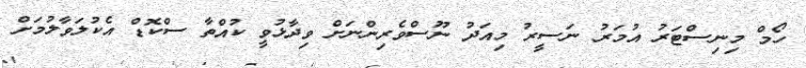
ހޯމް މިނިސްޓަރު އުމަރު ނަސީރު މިއަދު ނޫސްވެރިންނަށް ވިދާޅުވީ ކުއްތާ ސްކޮޑް އެކުލަވާލުމަށް